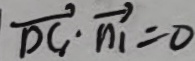
\overrightarrow { D C } \cdot \overrightarrow { n _ { 1 } } = 0